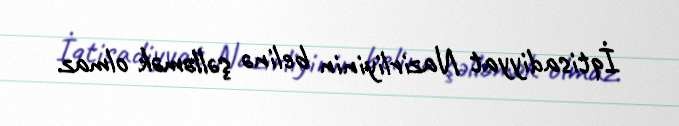
İqtisadiyyat Nazirliyinin belinə şəlləmək olmaz.